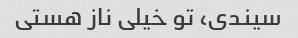
سیندی، تو خیلی ناز هستی